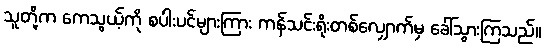
သူတို့က ကေသွယ့်ကို စပါးပင်များကြား ကန်သင်းရိုးတစ်လျှောက်မှ ခေါ်သွားကြသည်။